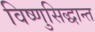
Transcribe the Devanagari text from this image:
विष्णुसिद्धान्त